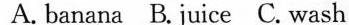
A. banana B.juice C. wash